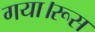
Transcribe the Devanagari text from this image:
गया।रूस